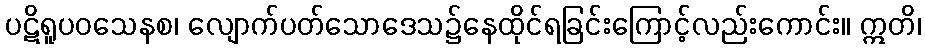
ပဋိရူပဝသေနစ၊ လျောက်ပတ်သောဒေသ၌နေထိုင်ရခြင်းကြောင့်လည်းကောင်း။ ဣတိ၊